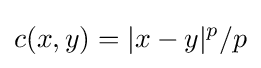
c(x,y)=|x-y|^{p}/p